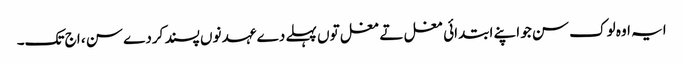
ایہ اوہ لوک سن جو اپنے ابتدائی مغل تے مغل تو‏ں پہلے دے عہد نو‏‏ں پسند کردے سن ، اج تک۔